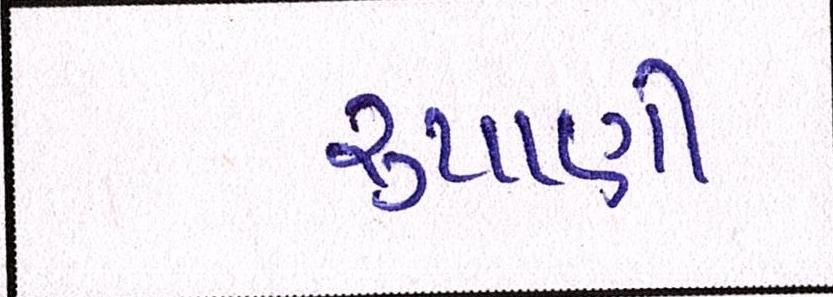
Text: રૃપાણી